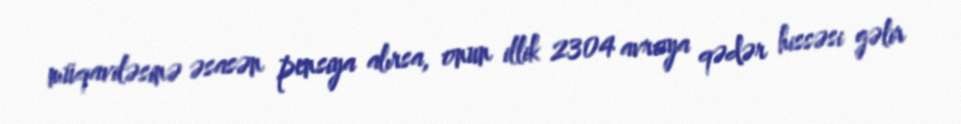
müqaviləsinə əsasən pensiya alırsa, onun illik 2304 avroya qədər hissəsi gəlir